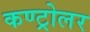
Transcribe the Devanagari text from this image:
कण्ट्रोलर